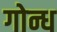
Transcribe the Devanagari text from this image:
गोन्ध